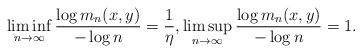
LaTeX: \begin{align*}\liminf_{n\to\infty} {\log m_n(x,y) \over -\log n } = {1 \over \eta}, \limsup_{n\to\infty} {\log m_n(x,y) \over -\log n }= 1.\end{align*}